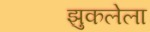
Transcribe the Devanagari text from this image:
झुकलेला